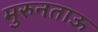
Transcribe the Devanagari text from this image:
मुरुनताऊ